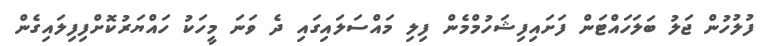
ފުލުހުން ޖަލު ބަލަހައްޓަން ފަށައިފިޝަހުމްމެން ފިލި މައްސަލައިގައި ދެ ވަނަ މީހަކު ހައްޔަރުކޮށްފިފިލައިގެން